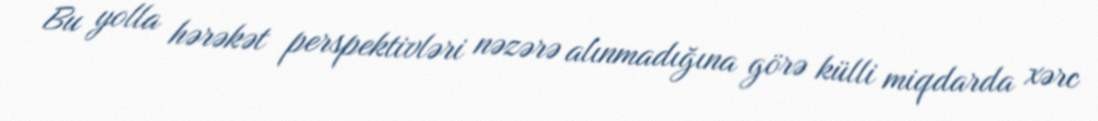
Bu yolla hərəkət perspektivləri nəzərə alınmadığına görə külli miqdarda xərc